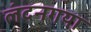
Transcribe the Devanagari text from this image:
लंदनगया